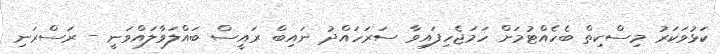
ކަޅުވަކަރު މިސްކިތް ބެހެއްޓުމަށް ހަމަޖެހިފައިވާ ސަރަހައްދު ނައިބް ރައީސް ބައްލަވާލައްވަނީ - ރަސްރަނި